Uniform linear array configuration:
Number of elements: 48
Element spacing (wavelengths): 0.25
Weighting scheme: blackman
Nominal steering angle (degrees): -15
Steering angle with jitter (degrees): -14.097
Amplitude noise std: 0.05
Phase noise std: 0.05

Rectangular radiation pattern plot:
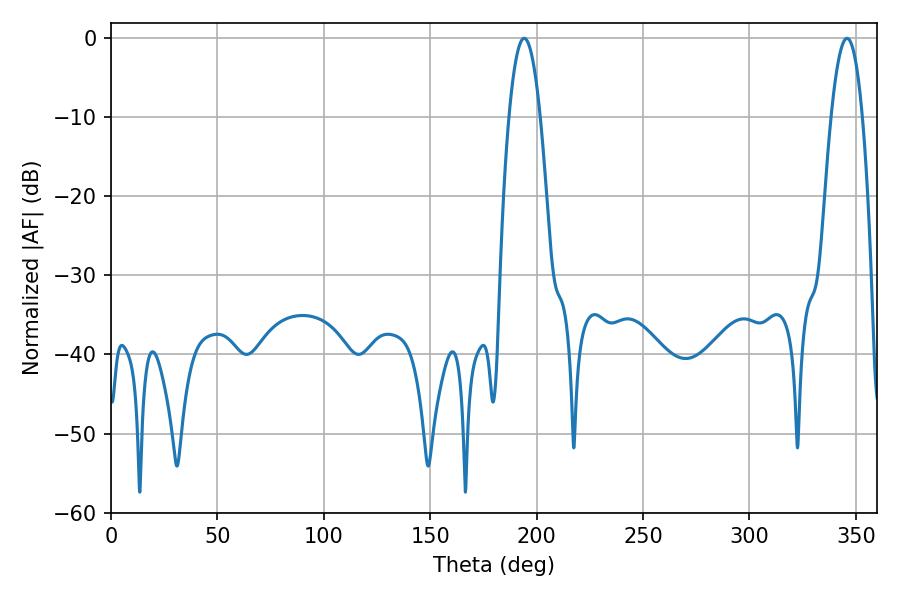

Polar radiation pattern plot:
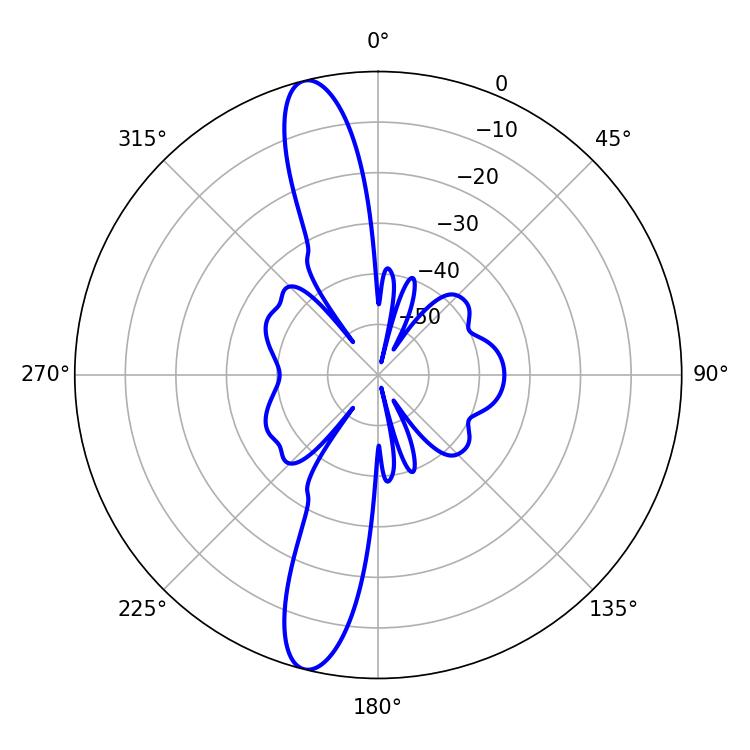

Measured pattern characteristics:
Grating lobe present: FALSE
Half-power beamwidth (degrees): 8.1
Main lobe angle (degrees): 194.22